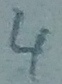
Text: 4